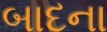
બાદના